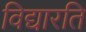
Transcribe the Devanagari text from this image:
विद्यारति